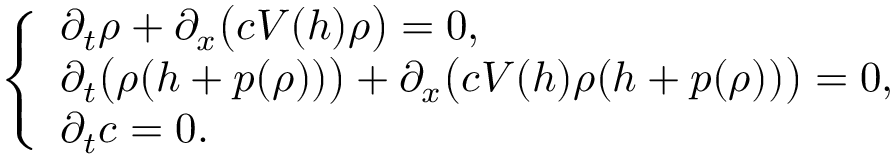
\left\{ \begin{array} { l l } { \partial _ { t } \rho + \partial _ { x } \bigl ( c V ( h ) \rho \bigr ) = 0 , } \\ { \partial _ { t } \bigl ( \rho ( h + p ( \rho ) ) \bigr ) + \partial _ { x } \bigl ( c V ( h ) \rho ( h + p ( \rho ) ) \bigr ) = 0 , } \\ { \partial _ { t } c = 0 . } \end{array} \right.